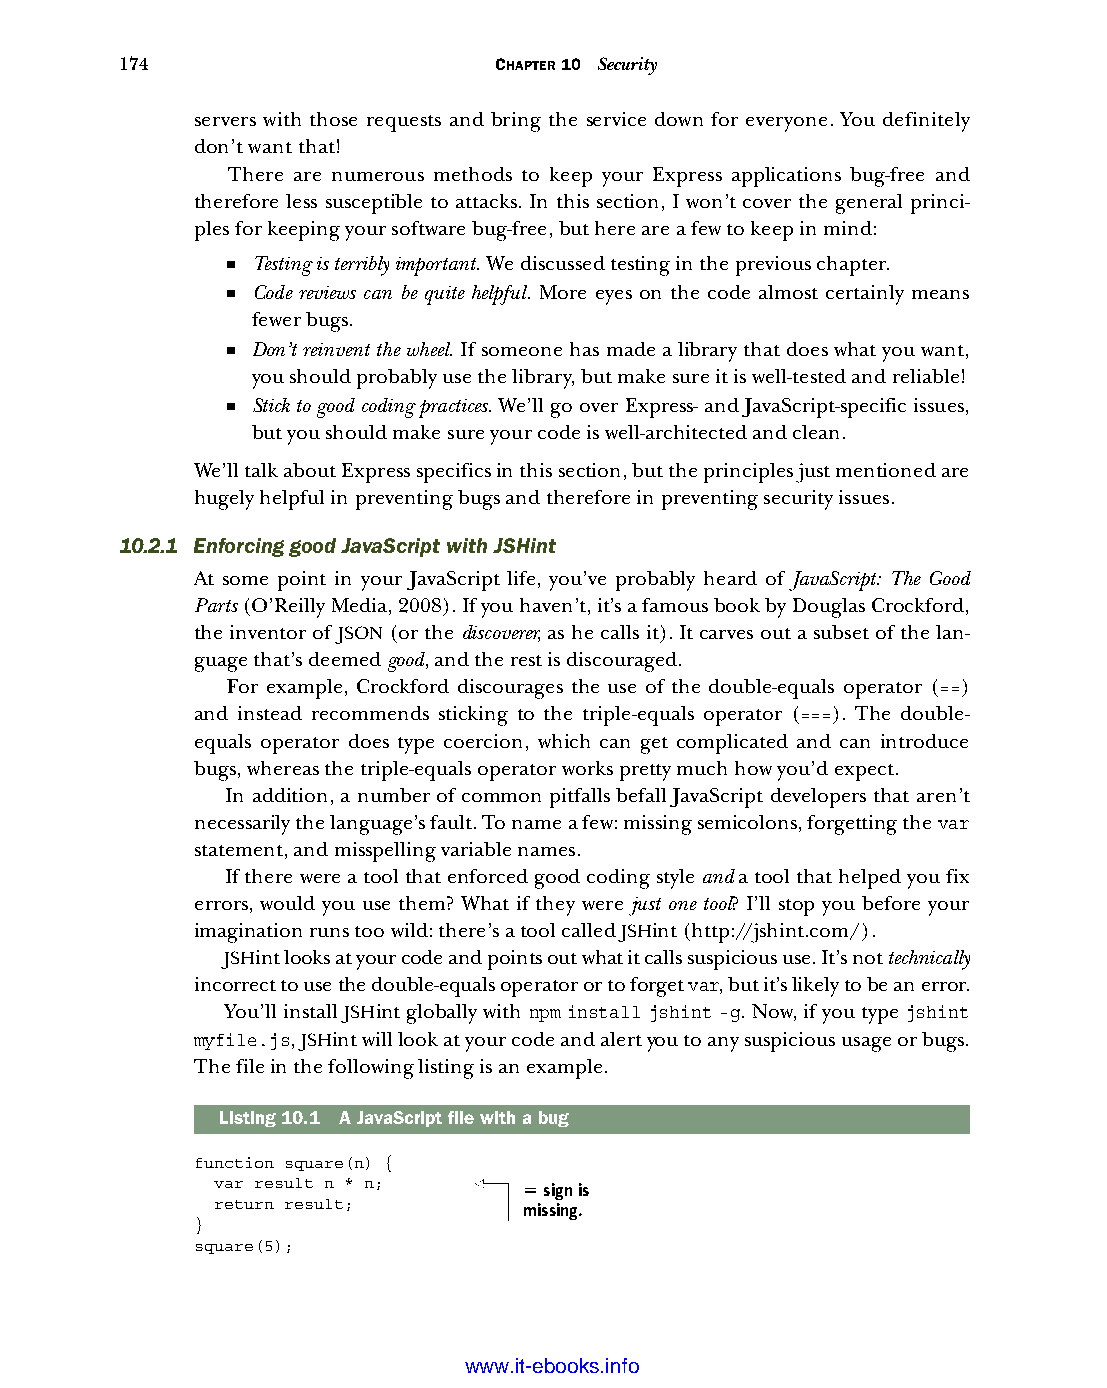
174                      CHAPTER 10 Security
 servers with those requests and bring the service down for everyone. You definitely
 don’t want that!
 There are numerous methods to keep your Express applications bug-free and
 therefore less susceptible to attacks. In this section, I won’t cover the general princi-
 ples for keeping your software bug-free, but here are a few to keep in mind:
 ■ Testing is terribly important. We discussed testing in the previous chapter.
 ■ Code reviews can be quite helpful. More eyes on the code almost certainly means
 fewer bugs.
 ■ Don’t reinvent the wheel. If someone has made a library that does what you want,
 you should probably use the library, but make sure it is well-tested and reliable!
 ■ Stick to good coding practices. We’ll go over Express- and JavaScript-specific issues,
 but you should make sure your code is well-architected and clean.
 We’ll talk about Express specifics in this section, but the principles just mentioned are
 hugely helpful in preventing bugs and therefore in preventing security issues.
 10.2.1 Enforcing good JavaScript with JSHint
 At some point in your JavaScript life, you’ve probably heard of JavaScript: The Good
 Parts (O’Reilly Media, 2008). If you haven’t, it’s a famous book by Douglas Crockford,
 the inventor of JSON (or the discoverer, as he calls it). It carves out a subset of the lan-
 guage that’s deemed good, and the rest is discouraged.
 For example, Crockford discourages the use of the double-equals operator (==)
 and instead recommends sticking to the triple-equals operator (===). The double-
 equals operator does type coercion, which can get complicated and can introduce
 bugs, whereas the triple-equals operator works pretty much how you’d expect.
 In addition, a number of common pitfalls befall JavaScript developers that aren’t
 necessarily the language’s fault. To name a few: missing semicolons, forgetting the var
 statement, and misspelling variable names.
 If there were a tool that enforced good coding style and a tool that helped you fix
 errors, would you use them? What if they were just one tool? I’ll stop you before your
 imagination runs too wild: there’s a tool called JSHint (http://jshint.com/).
 JSHint looks at your code and points out what it calls suspicious use. It’s not technically
 incorrect to use the double-equals operator or to forget var, but it’s likely to be an error.
 You’ll install JSHint globally with npm install jshint -g. Now, if you type jshint
 myfile.js, JSHint will look at your code and alert you to any suspicious usage or bugs.
 The file in the following listing is an example.
 Listing10.1 A JavaScript file with a bug
 function square(n) {
 var result n * n;
 = sign is
 return result;
 missing.
 }
 square(5);
 Licensed wtow w <.mit-ielebro.8o8k8s@.ingfomail.com>